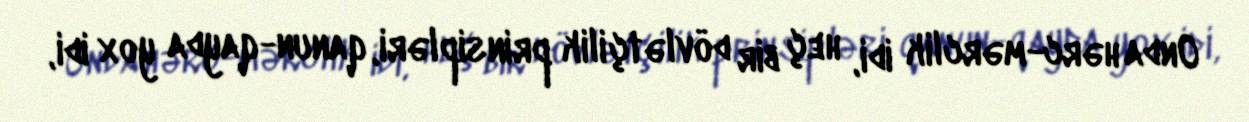
Onda hərc-mərclik idi, heç bir dövlətçilik prinsipləri, qanun-qayda yox idi,